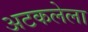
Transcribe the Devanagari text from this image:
अटकलेला